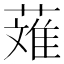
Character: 𬝴